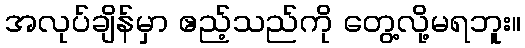
အလုပ်ချိန်မှာ ဧည့်သည်ကို တွေ့လို့မရဘူး။